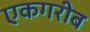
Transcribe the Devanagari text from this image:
एकगरीब